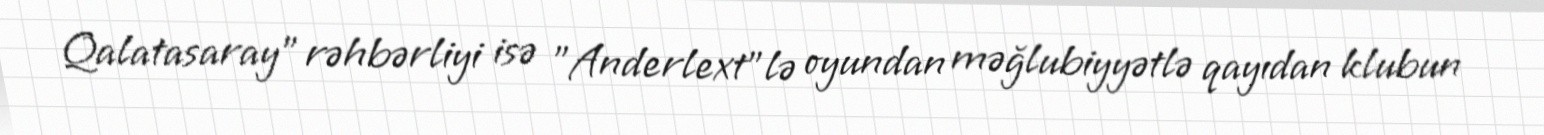
Qalatasaray" rəhbərliyi isə "Anderlext"lə oyundan məğlubiyyətlə qayıdan klubun